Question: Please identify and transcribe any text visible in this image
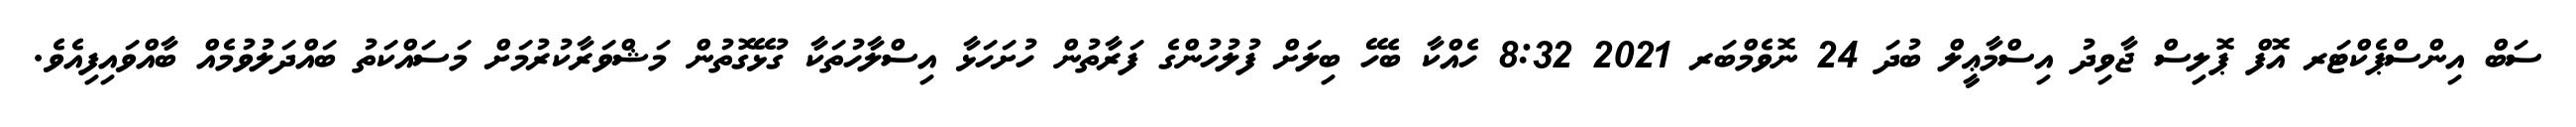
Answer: ސަބް އިންސްޕެކްޓަރ އޮފް ޕޮލިސް ޖާވިދު އިސްމާޢީލް ބުދަ 24 ނޮވެމްބަރ 2021 8:32 ހެއްކާ ބެހޭ ބިލަށް ފުލުހުންގެ ފަރާތުން ހުށަހަޅާ އިސްލާހުތަކާ ގުޅޭގޮތުން މަޝްވަރާކުރުމަށް މަސައްކަތު ބައްދަލުވުމެއް ބާއްވައިފިއެވެ.